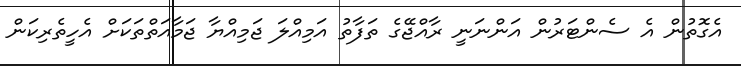
އެގޮތުން އެ ސެންޓަރުން އަންނަނީ ރާއްޖޭގެ ތަފާތު އަމިއްލަ ޖަމިއްޔާ ޖަމާއަތްތަކަށް އެހީތެރިކަން